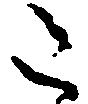
た